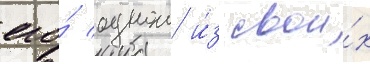
его́ однои и́з свои́х